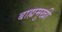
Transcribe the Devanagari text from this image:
बाह्यमुखी